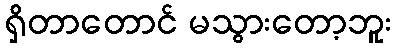
ရှိတာတောင် မသွားတော့ဘူး